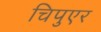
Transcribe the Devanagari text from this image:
चिपुएर